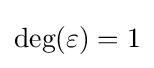
{\text{deg}}(\varepsilon )=1